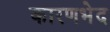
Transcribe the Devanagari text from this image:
कारणभेद